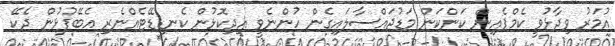
އުމަރު ވިދާޅުވީ ކެމްޕެއިން ކަންކަން މަޑުޖައްސާލައިގެން ހުންނެވީ އިދިކޮޅުން ކެނޑިޑޭޓެއްނެރި އެބޭފުޅުން ދެކޭ